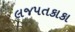
લજપતકાકા